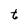
Character: t